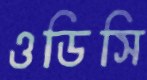
ওডিসি